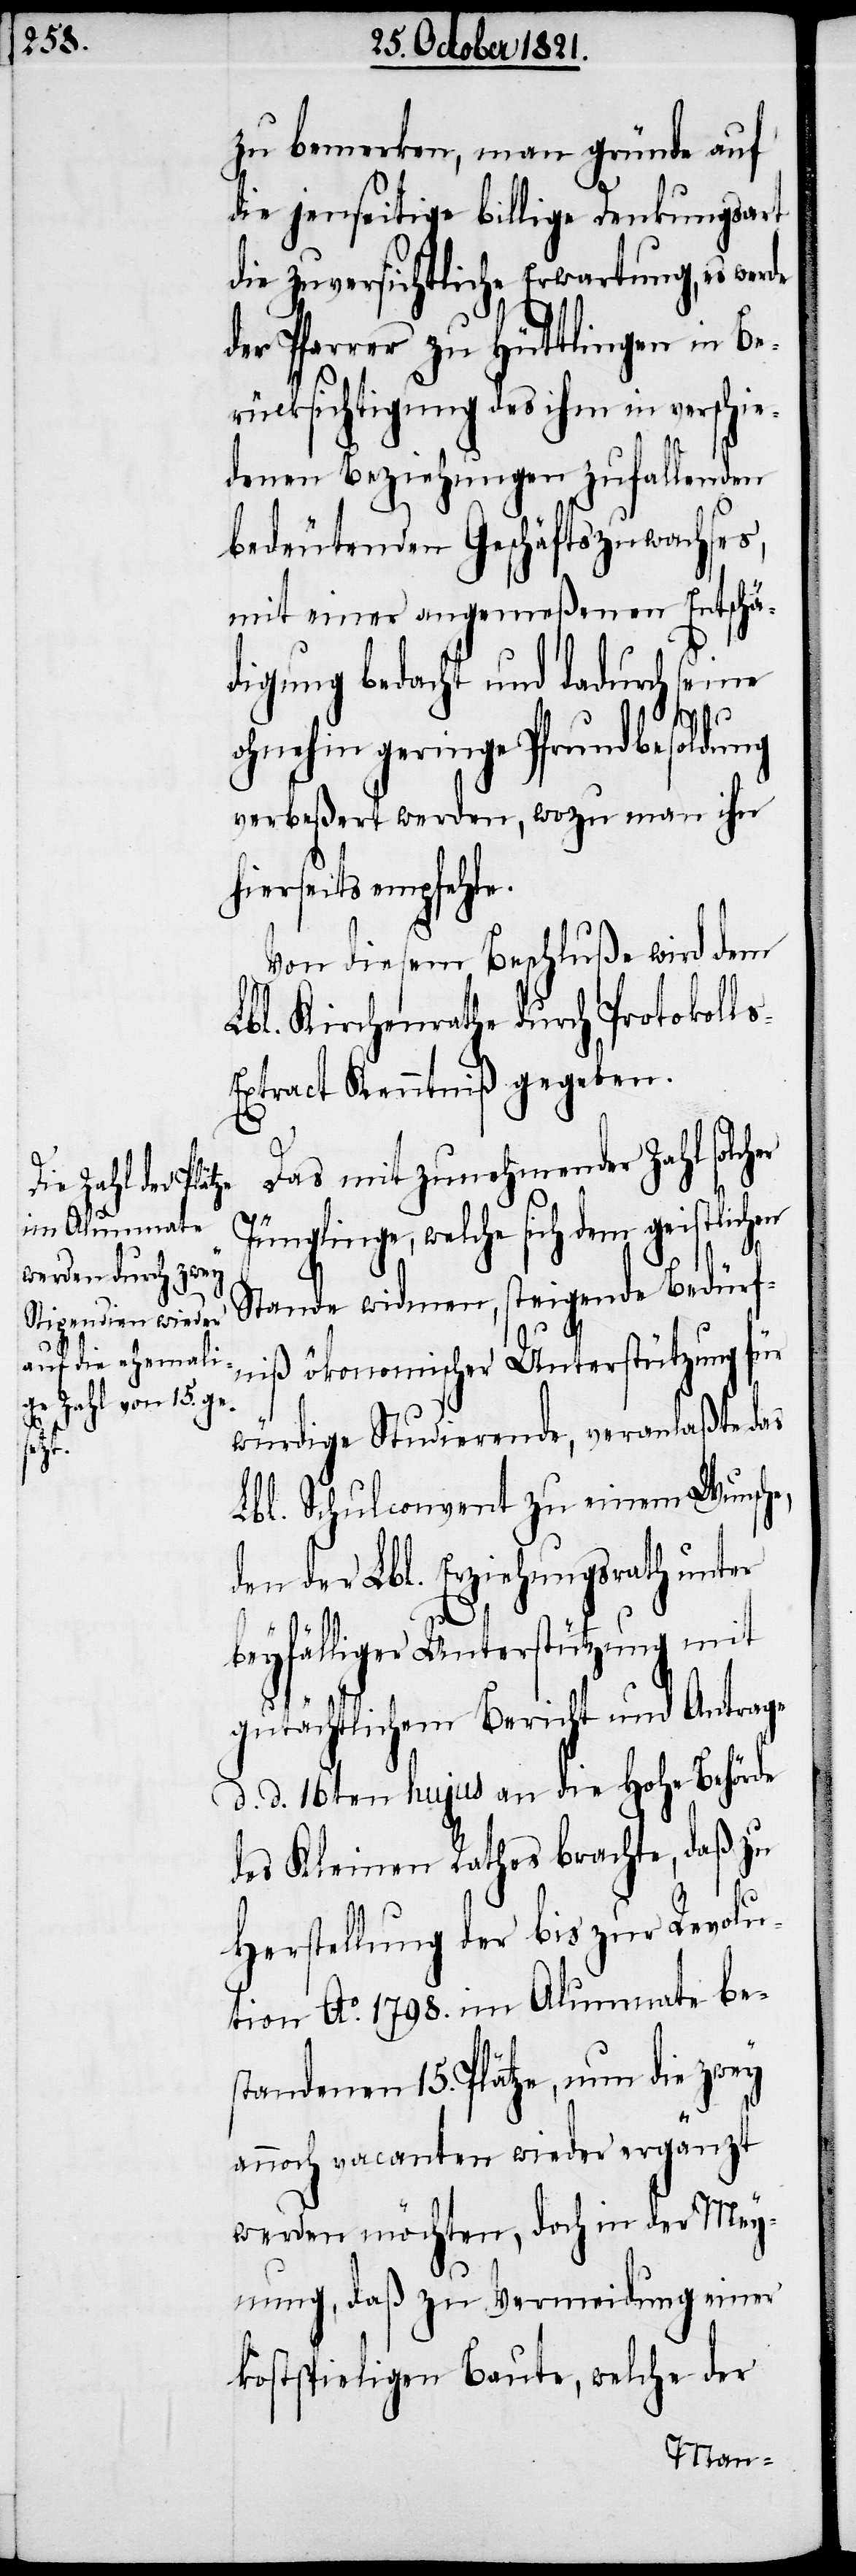
s-E¬

zu bemerken, man gründe auf
die jenseitige billige Denkungsart
die zuversichtliche Erwartung, es werde
der Pfarrer zu Hüttlingen in Be¬
rücksichtigung des ihm in verschie¬
denen Beziehungen zufallenden
bedeutenden Geschäftszuwachses,
mit einer angemeßenen Entschä¬
digung bedacht und dadurch seine
ohnehin geringe Pfrundbesoldung
verbeßert werden, wozu man ihn
hierseits empfehle.
Von diesem Beschluß wird dem
Lbl. Kirchenrathe durch Protokoll¬
xtract Kenntniß gegeben.
Das mit zunehmender Zahl solch¬
Jünglinge, welche sich dem geistlichen
Stande widmen, steigende Bedürf¬
niß ökonomischer Unterstützung für
würdige Studierende, veranlaßte das
Lbl. Schulconvent zu einem Wunsche,
den der Lbl. Erziehungsrath unter
er
beyfälliger Unterstützung mit
gutächtlichem Bericht und Antrage
d. d. 16ten hujus an die hohe Behörde
des Kleinen Rathes brachte, daß zu
Herstellung der bis zur Revolu¬
tion Ao. 1798. im Alumnate be¬
standenen 15. Plätze, um die zwey
annoch vacanten wieder ergänzt
werden möchte, doch in der Mey¬
nung, daß zu Vermeidung einer
kostspieligen Baute, welche der